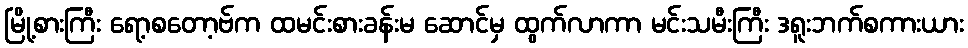
မြို့စားကြီး ရော့စတော့ဗ်က ထမင်းစားခန်းမ ဆောင်မှ ထွက်လာကာ မင်းသမီးကြီး ဒရူးဘက်စကားယား